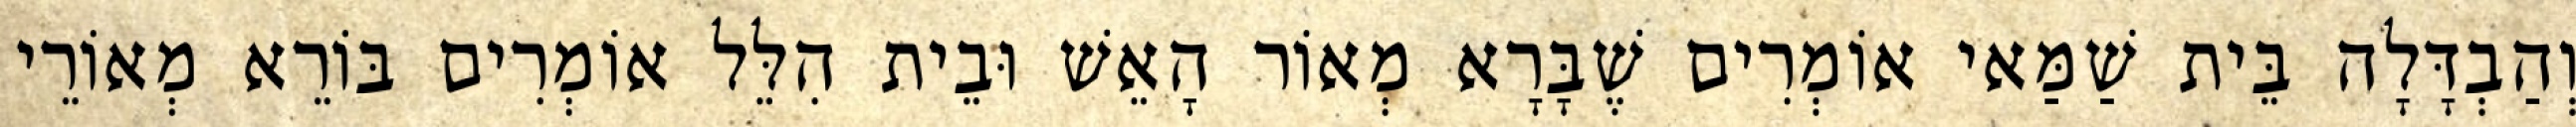
וְהַבְדָּלָה בֵּית שַׁמַּאי אוֹמְרִים שֶׁבָּרָא מְאוֹר הָאֵשׁ וּבֵית הִלֵּל אוֹמְרִים בּוֹרֵא מְאוֹרֵי